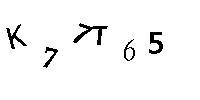
K77T65